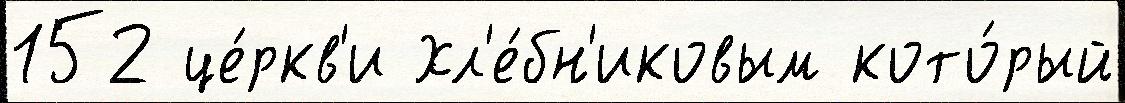
152 це́ркв'и Хл'е́бн'иковым кото́рый